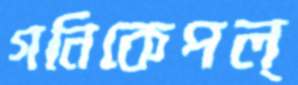
গনিকেপল্